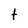
Character: t